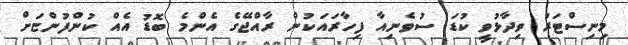
މިނިސްޓަރު ވިދާޅުވީ ކުޑަ ސުވެނިއާ ފިހާރައަކުން ރާއްޖޭގެ އެންމެ ބޮޑު އެއް ކުންފުންޏަށް